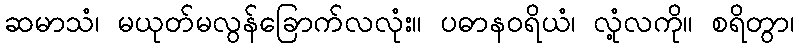
ဆမာသံ၊ မယုတ်မလွန်ခြောက်လလုံး။ ပဓာနဝရိယံ၊ လုံ့လကို။ စရိတွာ၊